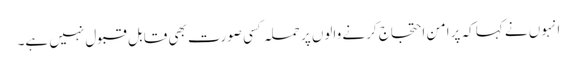
انہوں نے کہا کہ پرامن احتجاج کرنے والوں پر حملہ کسی صورت بھی قابل قبول نہیں ہے۔